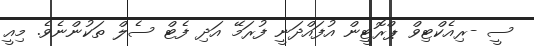
ސީ -ރިއެކްޓިވް ޕްރޮޓީން އުފައްދަނީ ފުރަމޭ އަދި ފެޓް ސެލް ތަކުންނެވެ. މިއީ